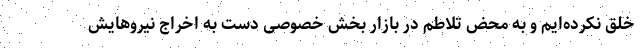
خلق نکرده‌ایم و به محض تلاطم در بازار بخش خصوصی دست به اخراج نیروهایش